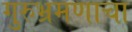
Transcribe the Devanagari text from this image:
गुरुभ्रमणाचा